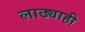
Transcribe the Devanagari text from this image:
लाठ्याही